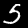
Digit: 5